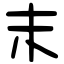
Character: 末